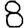
Digit: 8